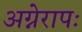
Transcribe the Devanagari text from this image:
अग्नेरापः